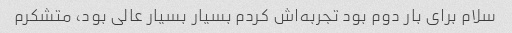
سلام برای بار دوم بود تجربه‌اش کردم بسیار بسیار عالی بود، متشکرم